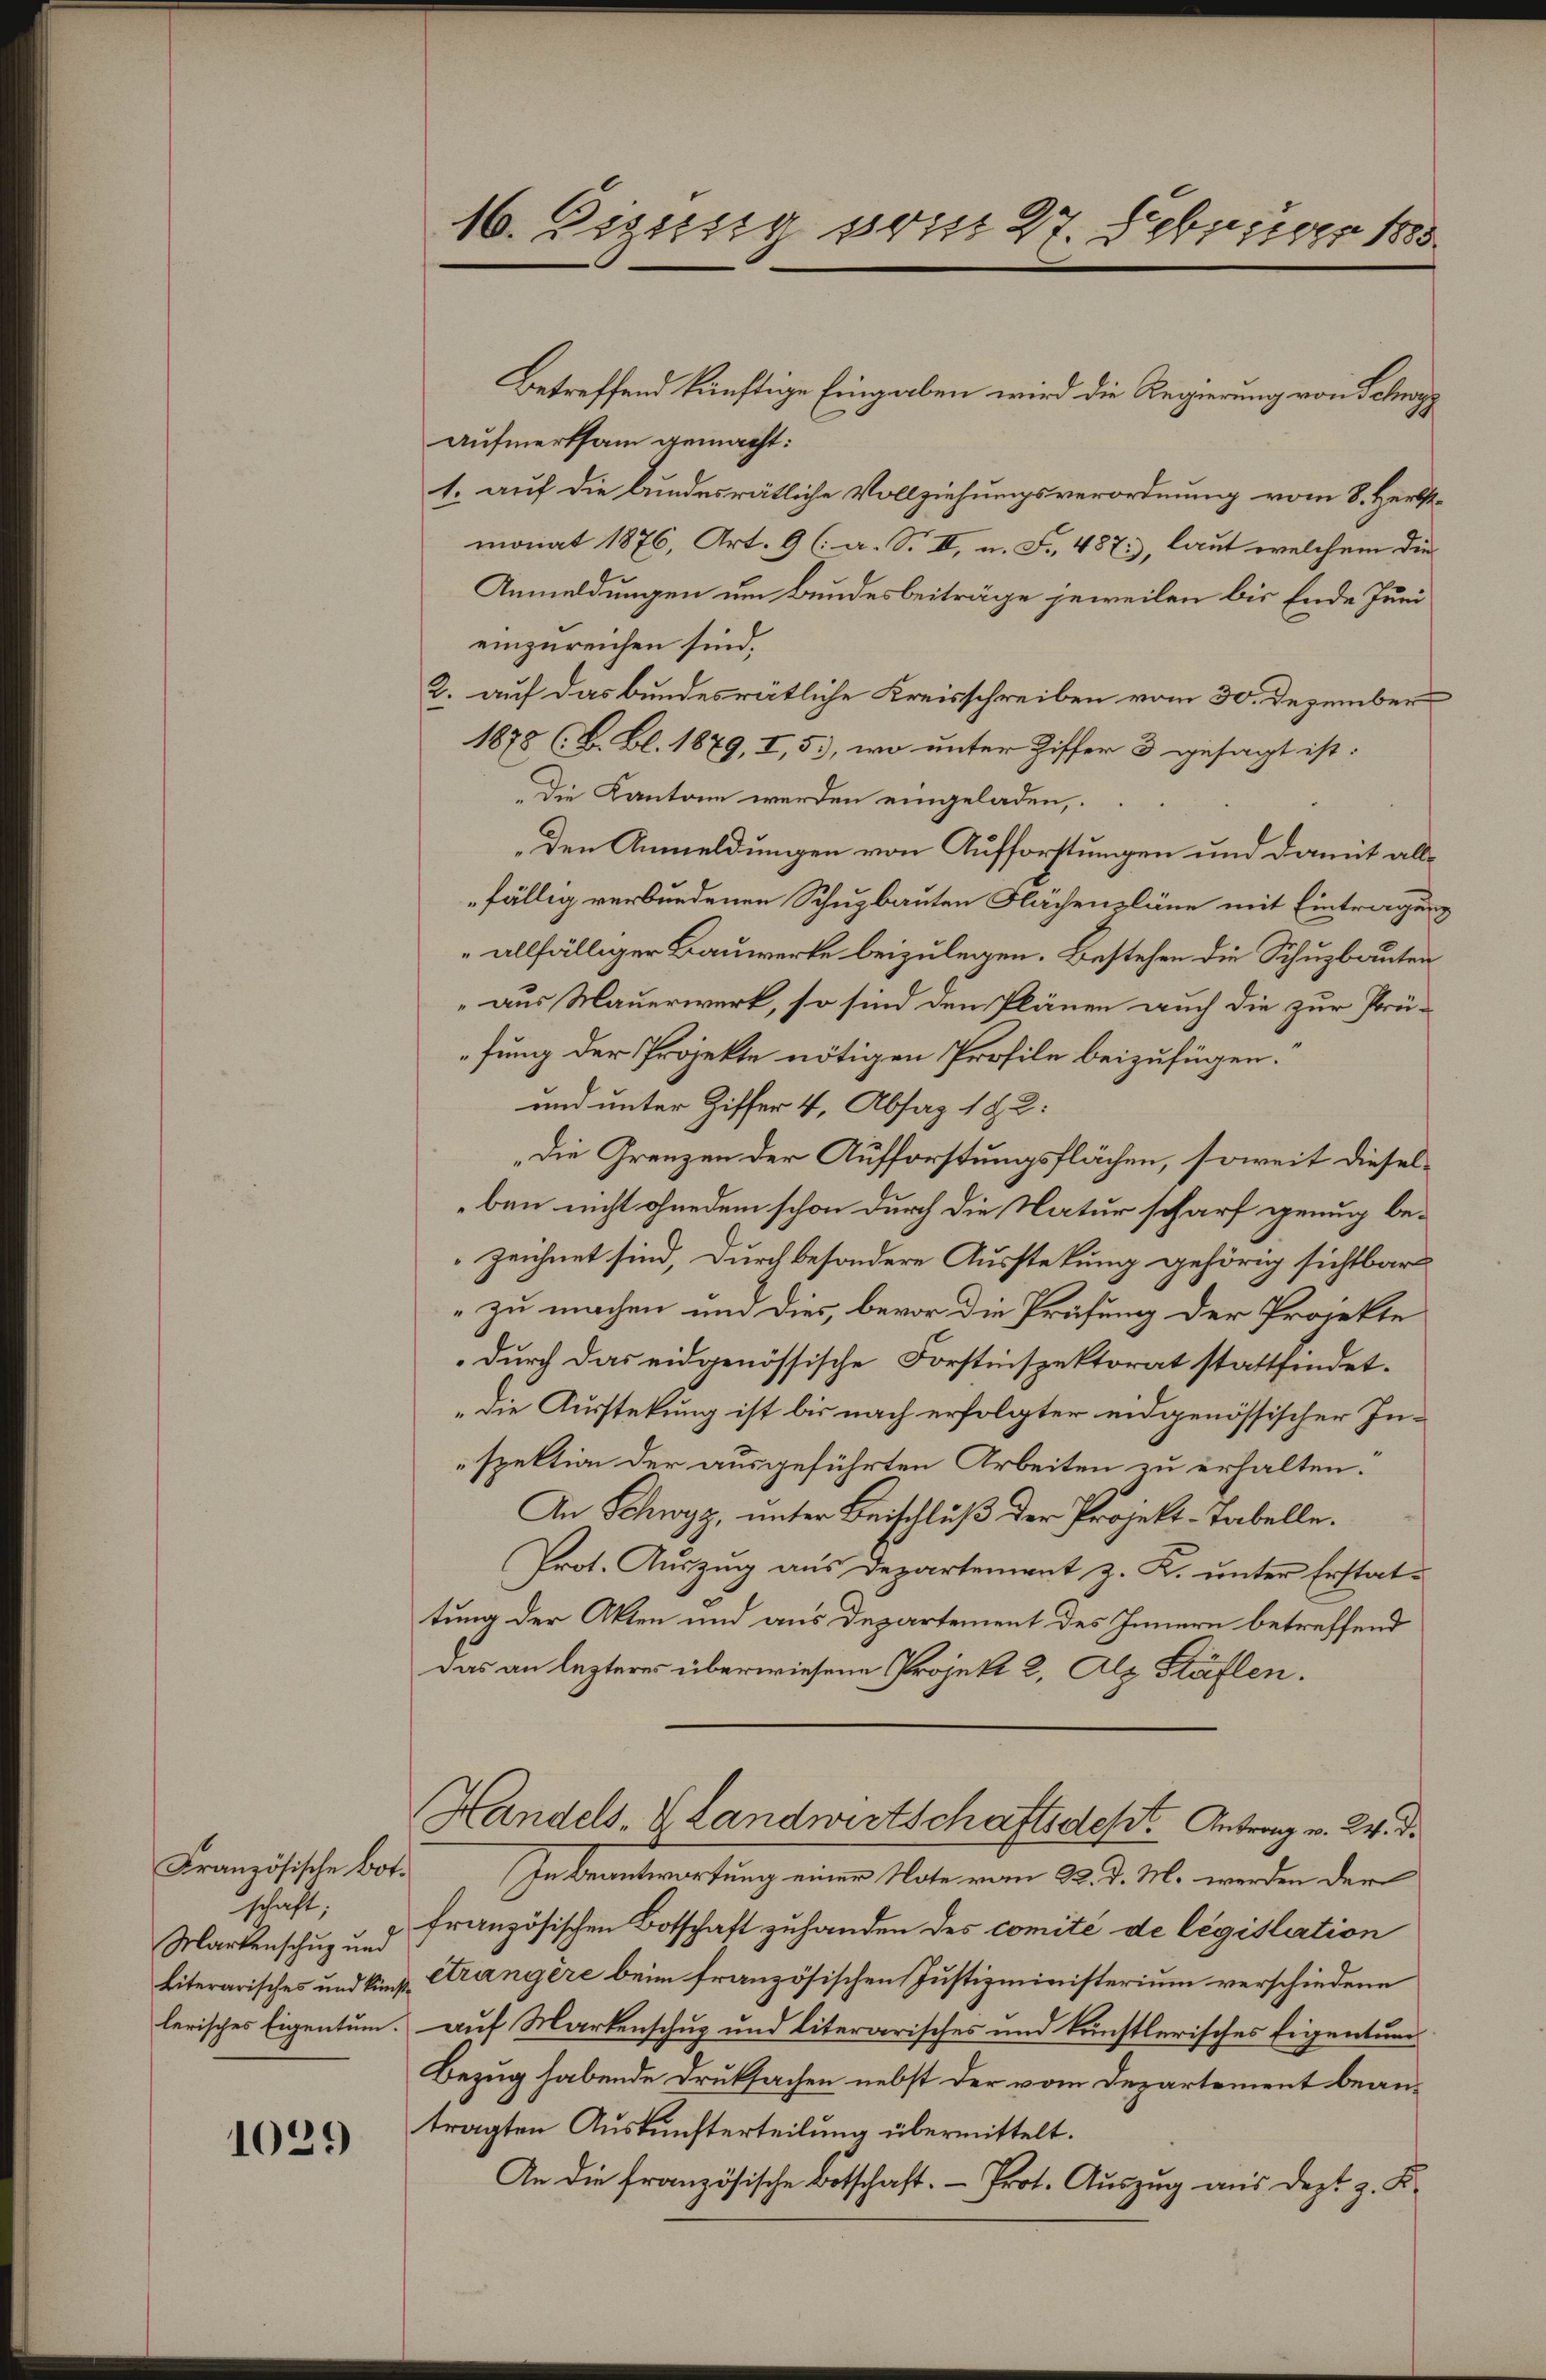
Französische Bot.
schaft,
Markenschuz und
Literarisches und künflerisches Eigentum.

1029

16. Digung vom 27. Februar 1888

Betreffend künftige Eingaben wird die Regierung von Schwyz
aufmerksam gemacht:
1. auf die bundesrätliche Vollziehungsverordnung vom 8. Herbstmonat 1876, Art. 9 (: a. S. II, u. Fr. 487, laut welchem die
Anmeldungen um Bundesbeiträge jeweilen bis Ende Juni
einzureichen sind.
2. auf das bundesrätliche Kreisschreiben vom 30. Dezember
1878 (B. Bl. 1879, I, 5, wo unter Ziffer 3 gesagt ist:
Die Kantone werden eingeladen,
Den Anmeldungen von Aufforstungen und damit allfällig verbundenen Schuzbauten Flächenpläne mit Eintragung
„allfälliger Bauwerke beizulegen. Bestehen die Schuzbauten
aus Mauerwerk, so sind den Plänen auch die zur Prü-
fung der Projekte nötigen Profile beizufügen.
und unter Ziffer 4, Absag 1 82:
Die Grenzen der Aufforstungsflächen, soweit dieselben nicht ohnedem schon durch die Natur scharf genug bezeichnet sind, durch besondere Ausstekung gehörig sichtbar
zu machen und dies, bevor die Prüfung der Projekte
durch das eidgenössische Forstinspektorat stattfindet.
„Die Ausstekung ist bis nach erfolgter eidgenössischer Inspektion der ausgeführten Arbeiten zu erhalten.
An Schwyz, unter Beischluß der Projekt-Tabelle.
Prot. Auszug aus Departement z. K. unter Erstattung der Akten und aus Departement des Innern betreffend
Das an lezteres überwiesene Projekt 2, Alz Stäflen.
Handels- & Landwirtschaftsdest. Antrag v. 24. d.
In Beantwortung einer Note vom 22. d. M. werden der
französischen Botschaft zuhanden des comité de législation
etrangère beim französischen Justizministerium verschiedene
auf Markenschug und literarisches und künstlerisches Eigentum
Bezug habende Druksachen nebst der vom Departement beantragten Auskunfterteilung übermittelt.
An die französische Botschaft. - Prot. Auszug aus dest z. K.